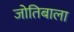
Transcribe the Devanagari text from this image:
जोतिबाला